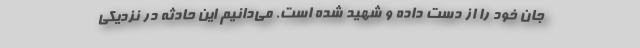
جان خود را از دست داده و شهید شده است. می‌دانیم این حادثه در نزدیکی